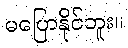
မပြောနိုင်ဘူး။